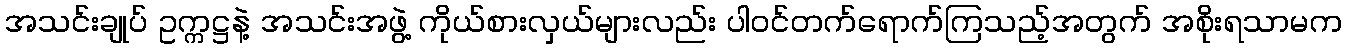
အသင်းချုပ် ဥက္ကဋ္ဌနဲ့ အသင်းအဖွဲ့ ကိုယ်စားလှယ်များလည်း ပါဝင်တက်ရောက်ကြသည့်အတွက် အစိုးရသာမက